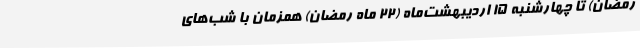
رمضان) تا چهارشنبه ۱۵ اردیبهشت‌ماه (۲۲ ماه رمضان) همزمان با شب‌های